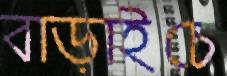
বাড়াইচে